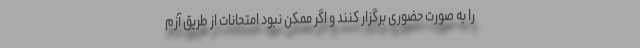
را به صورت حضوری برگزار کنند و اگر ممکن نبود امتحانات از طریق آزم